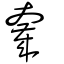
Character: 奯